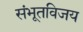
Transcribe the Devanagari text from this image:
संभूतविजय